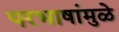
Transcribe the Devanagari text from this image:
परभाषांमुळे